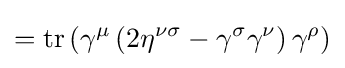
=\operatorname {tr} \left(\gamma ^{\mu }\left(2\eta ^{\nu \sigma }-\gamma ^{\sigma }\gamma ^{\nu }\right)\gamma ^{\rho }\right)